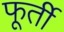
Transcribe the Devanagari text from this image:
फूर्ती